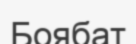
Боябат